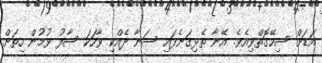
އަޑަށް ސިހޭގޮތްވިއެވެ. އޭނާ ތެޅިގަނެފައި ސަނާ ދެއްކި ވާހަކަ ސާފު ވުމުން ހިތަށް